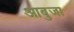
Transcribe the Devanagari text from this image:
आबुजा